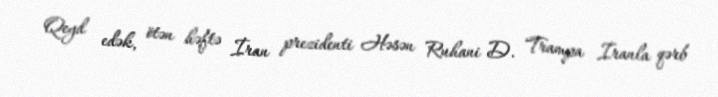
Qeyd edək, ötən həftə İran prezidenti Həsən Ruhani D. Trampa İranla qərb